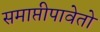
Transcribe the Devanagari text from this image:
समाप्तीपावेतो